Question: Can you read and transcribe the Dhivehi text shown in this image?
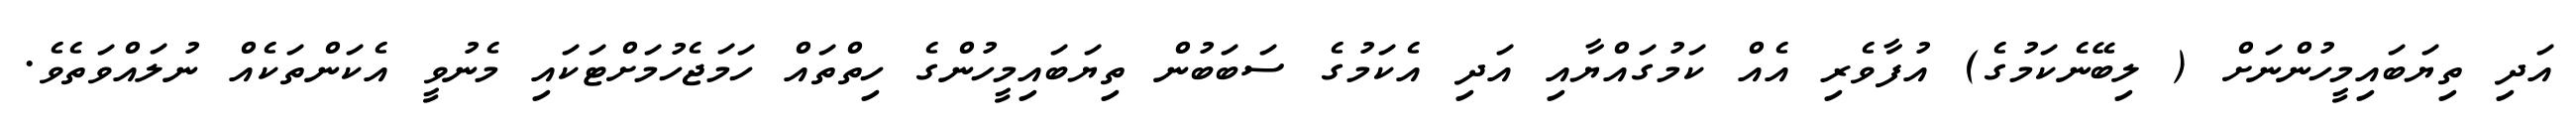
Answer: އަދި ތިޔަބައިމީހުންނަށް ( ލިބޭނެކަމުގެ) އުފާވެރި އެއް ކަމުގައްޔާއި އަދި އެކަމުގެ ސަބަބުން ތިޔަބައިމީހުންގެ ހިތްތައް ހަމަޖެހުމަށްޓަކައި މެނުވީ އެކަންތަކެއް ނުލައްވަތެވެ.